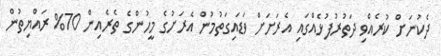
ދެކުނަށް ކުރެއްވި ދަތުރުފުޅެއްގައި އެރަށަށް ވަޑައިގަތުމުން އެރަށުގެ މީހުންގެ ތެރެއިން 70% ރައްޔިތުން